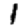
Digit: 1